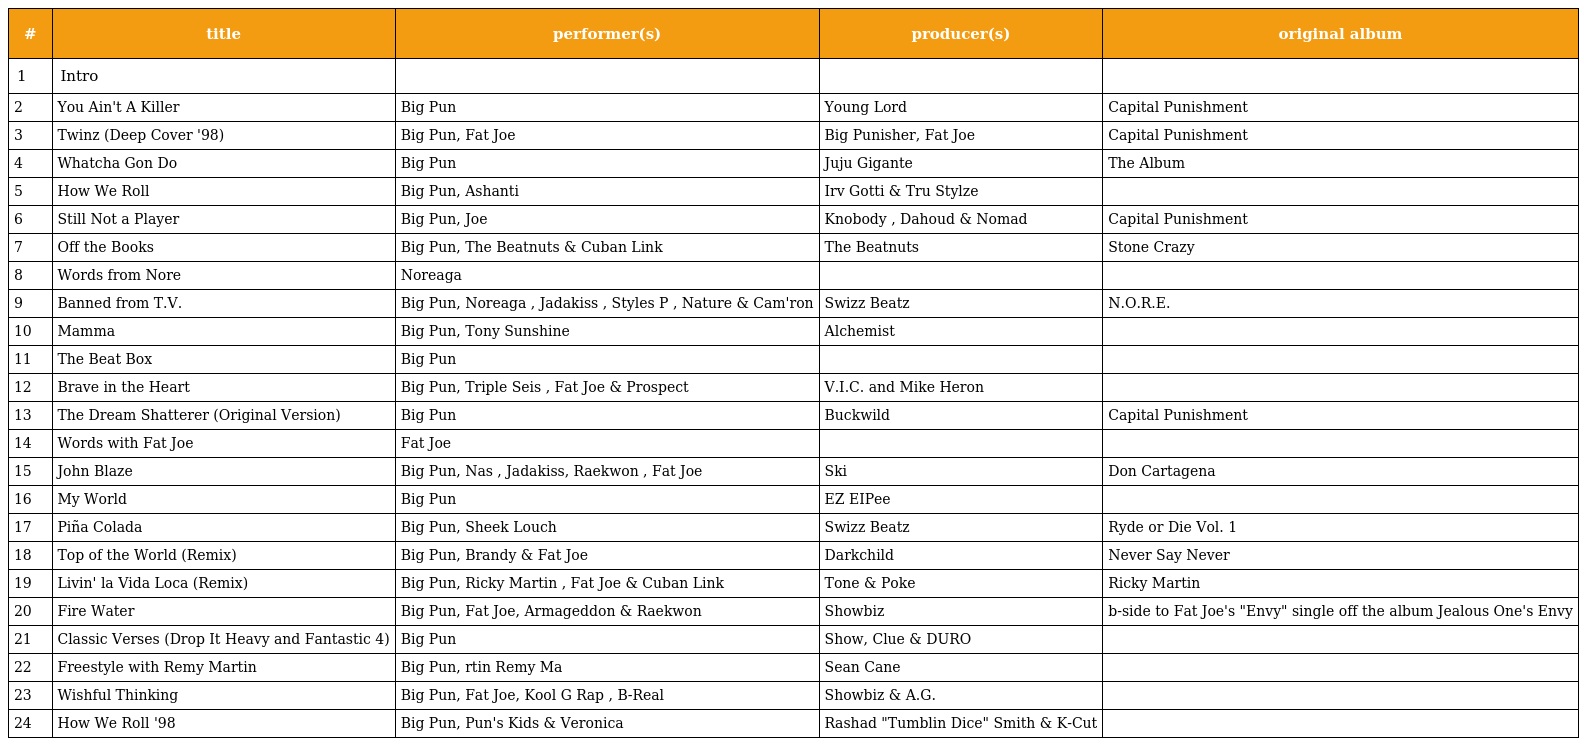
| # | title | performer(s) | producer(s) | original album |
 | --- | --- | --- | --- | --- |
 | 1 | Intro |  |  |  |
 | 2 | You Ain't A Killer | Big Pun | Young Lord | Capital Punishment |
 | 3 | Twinz (Deep Cover '98) | Big Pun, Fat Joe | Big Punisher, Fat Joe | Capital Punishment |
 | 4 | Whatcha Gon Do | Big Pun | Juju Gigante | The Album |
 | 5 | How We Roll | Big Pun, Ashanti | Irv Gotti & Tru Stylze |  |
 | 6 | Still Not a Player | Big Pun, Joe | Knobody , Dahoud & Nomad | Capital Punishment |
 | 7 | Off the Books | Big Pun, The Beatnuts & Cuban Link | The Beatnuts | Stone Crazy |
 | 8 | Words from Nore | Noreaga |  |  |
 | 9 | Banned from T.V. | Big Pun, Noreaga , Jadakiss , Styles P , Nature & Cam'ron | Swizz Beatz | N.O.R.E. |
 | 10 | Mamma | Big Pun, Tony Sunshine | Alchemist |  |
 | 11 | The Beat Box | Big Pun |  |  |
 | 12 | Brave in the Heart | Big Pun, Triple Seis , Fat Joe & Prospect | V.I.C. and Mike Heron |  |
 | 13 | The Dream Shatterer (Original Version) | Big Pun | Buckwild | Capital Punishment |
 | 14 | Words with Fat Joe | Fat Joe |  |  |
 | 15 | John Blaze | Big Pun, Nas , Jadakiss, Raekwon , Fat Joe | Ski | Don Cartagena |
 | 16 | My World | Big Pun | EZ EIPee |  |
 | 17 | Piña Colada | Big Pun, Sheek Louch | Swizz Beatz | Ryde or Die Vol. 1 |
 | 18 | Top of the World (Remix) | Big Pun, Brandy & Fat Joe | Darkchild | Never Say Never |
 | 19 | Livin' la Vida Loca (Remix) | Big Pun, Ricky Martin , Fat Joe & Cuban Link | Tone & Poke | Ricky Martin |
 | 20 | Fire Water | Big Pun, Fat Joe, Armageddon & Raekwon | Showbiz | b-side to Fat Joe's "Envy" single off the album Jealous One's Envy |
 | 21 | Classic Verses (Drop It Heavy and Fantastic 4) | Big Pun | Show, Clue & DURO |  |
 | 22 | Freestyle with Remy Martin | Big Pun, rtin Remy Ma | Sean Cane |  |
 | 23 | Wishful Thinking | Big Pun, Fat Joe, Kool G Rap , B-Real | Showbiz & A.G. |  |
 | 24 | How We Roll '98 | Big Pun, Pun's Kids & Veronica | Rashad "Tumblin Dice" Smith & K-Cut |  |